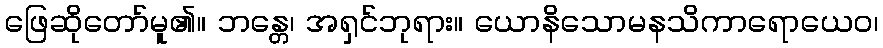
ဖြေဆိုတော်မူ၏။ ဘန္တေ၊ အရှင်ဘုရား။ ယောနိသောမနသိကာရောယေဝ၊